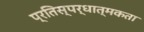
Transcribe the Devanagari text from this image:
प्रतिस्‍पर्धात्‍मकता